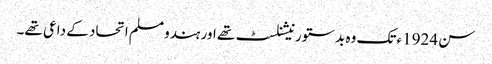
سن 1924ء تک وہ بدستور نیشنلسٹ تھے اور ہندو مسلم اتحاد کے داعی تھے۔